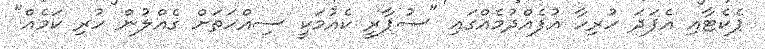
ޕެކެޓާއި އެފަދަ ހުރިހާ އުފެއްދުމެއްގައި "ސުޕާރީ ކެއުމަކީ ސިއްހަތަށް ގެއްލުން ހުރި ކަމެއް"